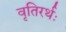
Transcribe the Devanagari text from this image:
वृतिरर्थः